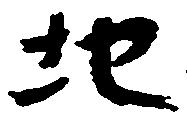
地